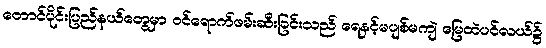
တောင်ပိုင်းပြည်နယ်တွေမှာ ဝင်ရောက်ဖမ်းဆီးခြင်းသည် ရေနှင့်မပျစ်မကျဲ မြေထဲပင်လယ်၌